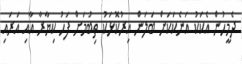
ދެމީހުން އެކަކު އަނެކަކަށް ބަލަން އިރުކޮޅަކު ތިބުމަށް ފަހު ކިޔާރާ އާއި އަރައި